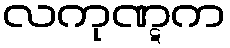
လကုဏ္ဋက